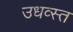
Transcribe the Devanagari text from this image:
उधव्स्त